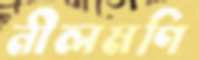
নীলমণি